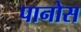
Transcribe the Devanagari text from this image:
पानोस